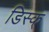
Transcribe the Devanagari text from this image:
डिस्क्